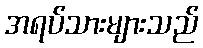
အရပ်သားများသည်